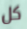
كل